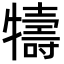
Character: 㹗